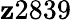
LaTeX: \mathbf{z}2839